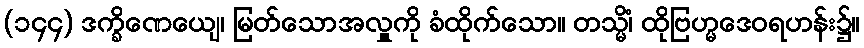
(၁၄၄) ဒက္ခိဏေယျေ၊ မြတ်သောအလှူကို ခံထိုက်သော။ တသ္မိံ၊ ထိုဗြဟ္မဒေဝရဟန်း၌။